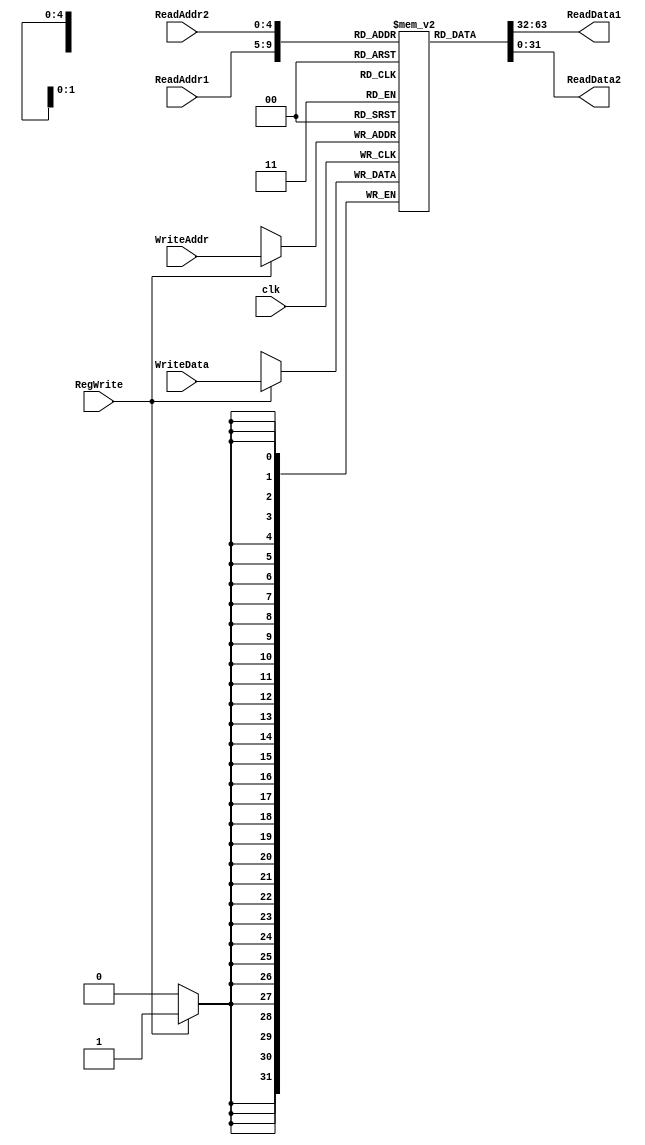
`timescale 1ns / 1ps
//////////////////////////////////////////////////////////////////////////////////
// Company: 
// Engineer: 
// 
// Design Name: 
// Module Name:    registradores 
// Project Name: 
// Target Devices: 
// Tool versions: 
// Description: 
//
// Dependencies: 
//
// Revision: 
// Revision 0.01 - File Created
// Additional Comments: 
//
//////////////////////////////////////////////////////////////////////////////////
module registradores(
    clk, 
    RegWrite, 
    ReadAddr1, 
    ReadAddr2, 
    WriteAddr, 
    ReadData1, 
    ReadData2, 
    WriteData
	 );

input clk, RegWrite;
input [4:0] ReadAddr1, ReadAddr2, WriteAddr;
input signed [31:0] WriteData;
output [31:0] ReadData1;
output [31:0] ReadData2;


reg [31:0] regs [0:31];

integer i;

//Inicializando todas as memorias disponiveis
initial
  begin
  for (i=0; i <= 31; i = i + 1)
    regs[i] = 0;
  end

//Verificando se o bit RegWrite esta ativo para escrever no registrador
always @(posedge clk) begin
  if (RegWrite == 1) begin
        $display($time," Escrevendo %m - Registrador=%d |valor=%d",WriteAddr,WriteData);
        regs[WriteAddr] = WriteData;
  end
end

assign ReadData1 = regs[ReadAddr1];
assign ReadData2 = regs[ReadAddr2];

endmodule